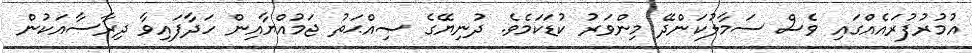
އުމުރުފުރައެއްގައި ވެސް ސަމާލުކަންދޭ މިންވަރު ކުޑަކަމެވެ. ދުނިޔޭގެ ޞިއްޙަތު ޖަމުއްޔާއިން ހަދާފައިވާ ދިރާސާއަކުން